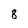
Character: 8